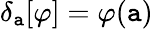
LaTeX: \delta_{\mathtt{a}}[\varphi]=\varphi(\mathtt{a})